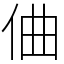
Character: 㑋